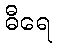
ဓီရေ